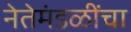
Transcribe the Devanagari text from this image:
नेतेमंडळींचा